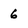
Character: 6